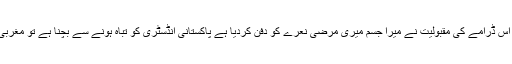
وینا ملک نے مزید کہا اس ڈرامے کی مقبولیت نے میرا جسم میری مرضی نعرے کو دفن کردیا ہے پاکستانی انڈسٹری کو تباہ ہونے سے بچنا ہے تو مغربی کلچر کو چھوڑنا ہوگا۔